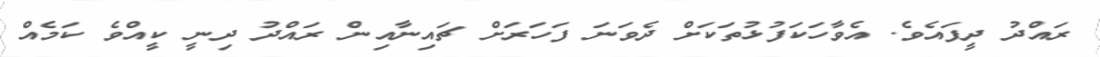
ރައްދު ދީފައެވެ. އެވާހަކަފުޅުތަކަށް ދެވަނަ ފަހަރަށް ޗައިނާއިން ރައްދު ދިނީ ކީއްވެ ކަމެއްް